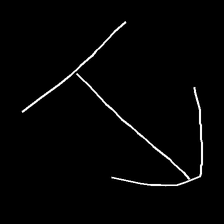
Glyph: levitation